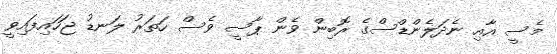
މެސީ އާއި ނެދަލެންޑްސްގެ ރޮބިން ވެން ޕާސީ ވެސް ހަތަރު ލަނޑު ޖަހައިފައިވީ